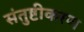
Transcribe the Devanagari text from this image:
संतुष्टीकरण